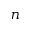
n